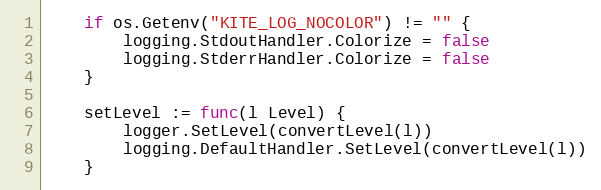
Language: Go
	if os.Getenv("KITE_LOG_NOCOLOR") != "" {
		logging.StdoutHandler.Colorize = false
		logging.StderrHandler.Colorize = false
	}

	setLevel := func(l Level) {
		logger.SetLevel(convertLevel(l))
		logging.DefaultHandler.SetLevel(convertLevel(l))
	}